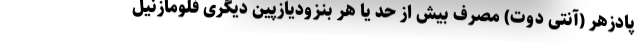
پادزهر (آنتی دوت) مصرف بیش از حد یا هر بنزودیازپین دیگری فلومازنیل